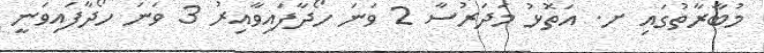
މުބާރާތުގައި ށ. އަތޮޅު މަދަރުސާ 2 ވަނަ ހޯދާފައިވާއިރު 3 ވަނަ ހޯދާފައިވަނީ